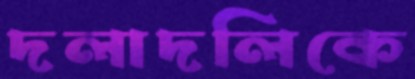
দলাদলিকে